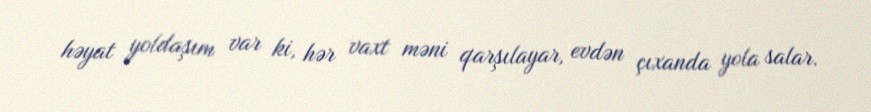
həyat yoldaşım var ki, hər vaxt məni qarşılayar, evdən çıxanda yola salar.